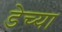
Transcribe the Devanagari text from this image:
डेच्या